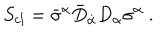
LaTeX: S _ { c l } = \bar { \sigma } ^ { \dot { \alpha } } \bar { D } _ { \dot { \alpha } } D _ { \alpha } \sigma ^ { \alpha } \ .